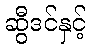
ဆွီဒင်နှင့်